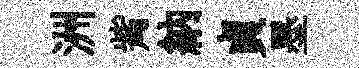
洲觜納貞墨